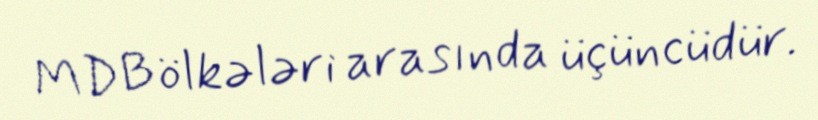
MDB ölkələri arasında üçüncüdür.